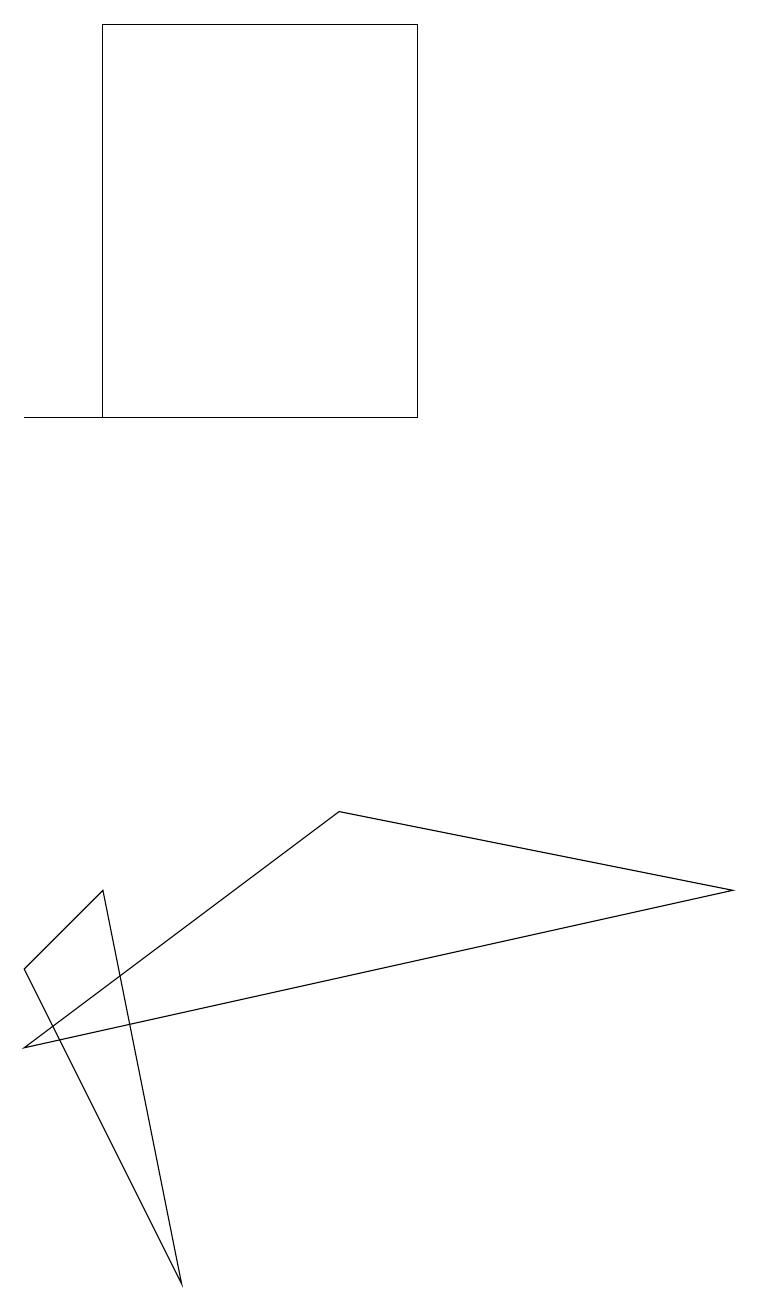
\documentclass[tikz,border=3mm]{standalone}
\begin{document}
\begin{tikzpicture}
\draw (0,4) -- (2,0) -- (1,5) -- cycle;
\draw (0,3) -- (4,6) -- (9,5) -- cycle;
\draw (1,11) rectangle (0,11);
\draw (5,16) rectangle (1,11);
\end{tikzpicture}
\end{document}